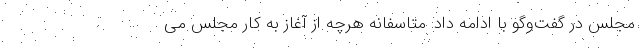
مجلس در گفت‌وگو با ادامه داد: متاسفانه هرچه از آغاز به کار مجلس می